Lunatic asylums Central Provinces reports 1895-1909 - 1895-1909
Year: 1895
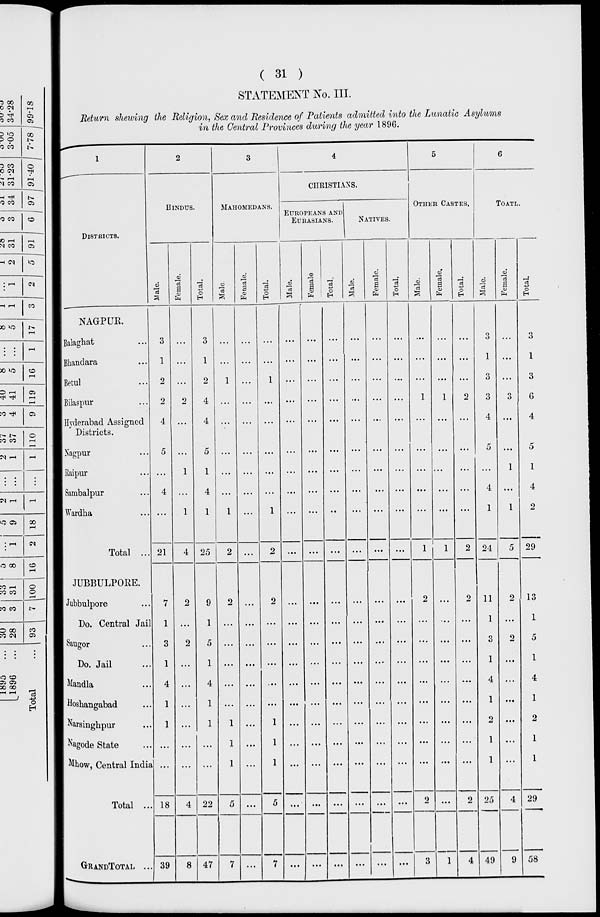
( 31 )
STATEMENT No. III.
Return shewing the Religion, Sex and Residence of Patients admitted into the Lunatic Asylums
in the Central Provinces during the year 1896.
1
DISTRICTS.
NAGPUR.
Balaghat ...
Bhandara...
Betul...
Bilaspur...
Hyderabad Assigned
Districts.
Nagpur...
Raipur...
Sambalpur...
Wardha...
Total ...
JUBBULPORE.
Jubbulpore...
Do. Central Jail
Saugor...
Do. Jail...
Mandla...
Hoshangabad...
Narsinghpur...
Nagode State...
Mhow, Central India
Total ...
GRAND TOTAL ...
2
HINDUS.
Male.
3
1
2
2
4
5
...
4
...
21
7
1
3
1
4
1
1
...
...
18
39
Female.
...
...
...
2
...
...
1
...
1
4
2
...
2
...
...
...
...
...
...
4
8
Total.
3
1
2
4
4
5
1
4
1
25
9
1
5
1
4
1
1
...
...
22
47
3
MAHOMEDANS.
Male.
...
...
1
...
...
...
...
...
1
2
2
...
...
...
...
...
1
1
1
5
7
Female.
...
...
...
...
...
...
...
...
...
...
...
...
...
...
...
...
...
...
...
...
...
Total.
...
...
1
...
...
...
...
...
1
2
2
...
...
...
...
...
1
1
1
5
7
4
CHRISTIANS.
EUROPEANS AND
EURASIANS.
Male.
...
...
...
...
...
...
...
...
...
...
...
...
...
...
...
...
...
...
...
...
...
Female
...
...
...
...
...
...
...
...
...
...
...
...
...
...
...
...
...
...
...
...
...
Total
...
...
...
...
...
...
...
...
...
...
...
...
...
...
...
...
...
...
...
...
...
NATIVES.
Male.
...
...
...
...
...
...
...
...
...
...
...
...
...
...
...
...
...
...
...
...
...
Female.
...
...
...
...
...
...
...
...
...
...
...
...
...
...
...
...
...
...
...
...
...
Total.
...
...
...
...
...
...
...
...
...
...
...
...
...
...
...
...
...
...
...
...
...
5
OTHER CASTES.
Male.
...
...
...
1
...
...
...
...
...
1
2
...
...
...
...
...
...
...
...
2
3
Female.
...
...
...
1
...
...
...
...
...
1
...
...
...
...
...
...
...
...
...
...
1
Total.
...
...
...
2
...
...
...
...
...
2
2
...
...
...
...
...
...
...
...
2
4
6
TOTAL.
Male.
3
1
3
3
4
5
...
4
1
24
11
1
3
1
4
1
2
1
1
25
49
Female.
...
...
...
3
...
...
1
...
1
5
2
...
2
...
...
...
...
...
...
4
9
Total.
3
1
3
6
4
5
1
4
2
29
13
1
5
1
4
1
2
1
1
29
58